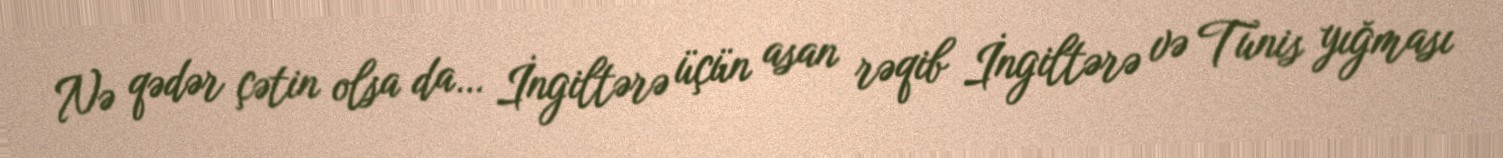
Nə qədər çətin olsa da… İngiltərə üçün asan rəqib İngiltərə və Tunis yığması